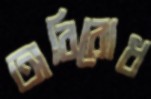
অবিরোধ